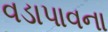
વડાપાવના